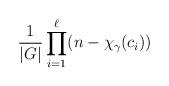
LaTeX: \begin{align*}\frac{1}{|G|} \prod_{i=1}^{\ell} (n-\chi_{\gamma}(c_i))\end{align*}